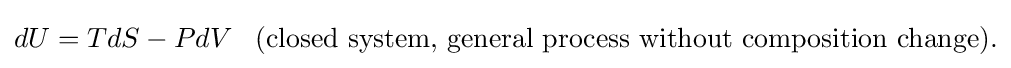
dU=TdS-PdV\,\,\,\,\,{\text{(closed system, general process without composition change).}}